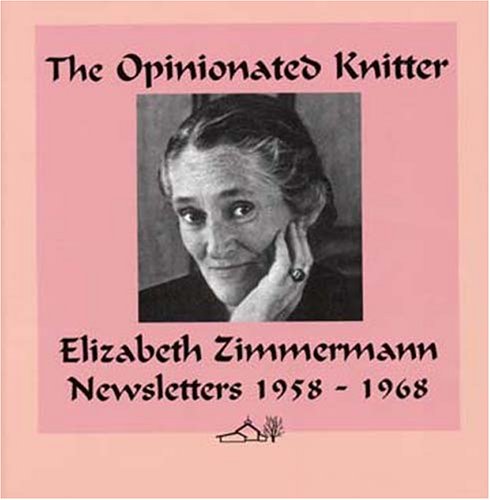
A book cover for The Opinionated Knitter; Elizabeth Zimmermann; Crafts, Hobbies & Home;